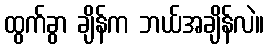
ထွက်ခွာ ချိန်က ဘယ်အချိန်လဲ။